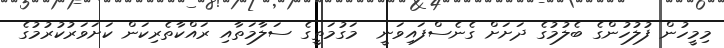
މިމީހުން ފުލުހުންގެ ބެލުމުގެ ދަށަށް ގެނެސްފައިވަނީ  މަގުމަތީގެ ސަލާމަތާއި ރައްކާތެރިކަން ކަށަވަރުކުރުމުގެ